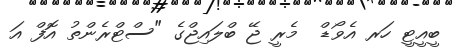
ބީއީޓީ ހަރ އެވޯޑް  މެރީ ޖޭ ބްލައިޖްގެ "ސްޓްރެންތު އޮފް އަ